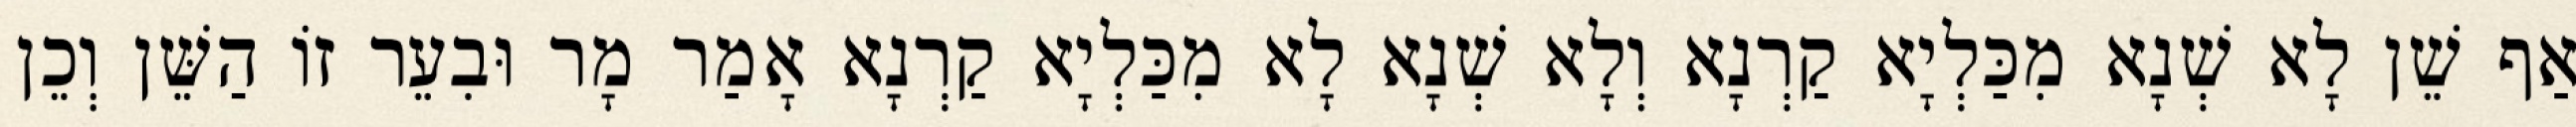
אַף שֵׁן לָא שְׁנָא מִכַּלְיָא קַרְנָא וְלָא שְׁנָא לָא מִכַּלְיָא קַרְנָא אָמַר מָר וּבִעֵר זוֹ הַשֵּׁן וְכֵן